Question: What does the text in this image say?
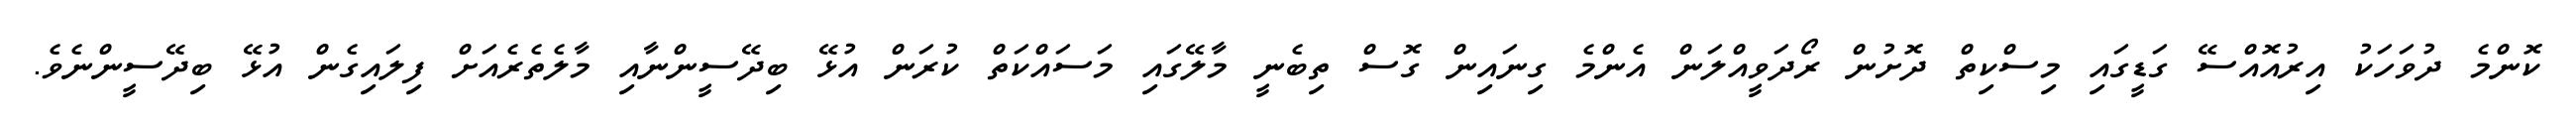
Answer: ކޮންމެ ދުވަހަކު އިރުއޮއްސޭ ގަޑީގައި މިސްކިތް ދޮށުން ރޯދަވީއްލަން އެންމެ ގިނައިން ގޮސް ތިބެނީ މާލޭގައި މަސައްކަތް ކުރަން އުޅޭ ބިދޭސީންނާއި މާލެތެރެއަށް ފިލައިގެން އުޅޭ ބިދޭސީންނެވެ.